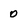
Character: 0